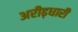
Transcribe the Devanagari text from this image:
अरीढ़धारी